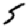
Digit: 5